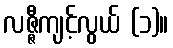
လဇ္ဇီကျင့်လွယ် (၁)။